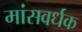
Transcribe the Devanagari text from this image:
मांसवर्धक